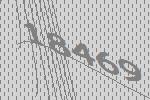
18469